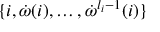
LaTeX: \{ i , \dot { \omega } ( i ) , \ldots , \dot { \omega } ^ { l _ { i } - 1 } ( i ) \}